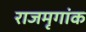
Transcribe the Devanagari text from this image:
राजमृगांक